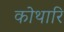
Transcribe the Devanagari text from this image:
कोथारि